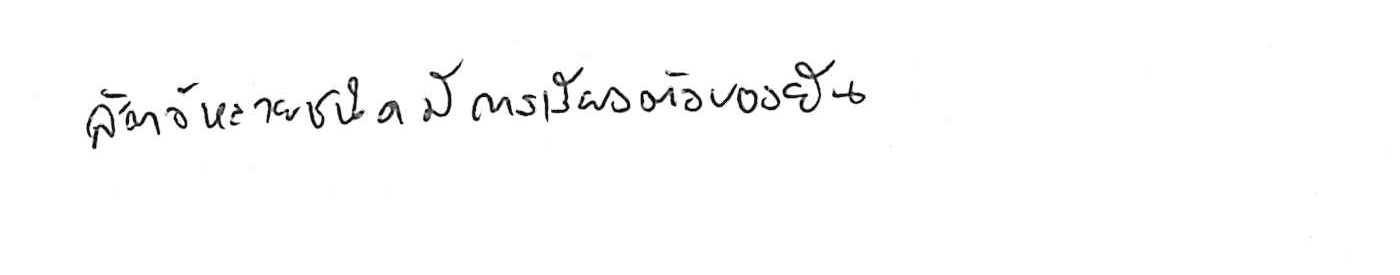
สัตว์หลายชนิดมีการเรียงตัวของยีน